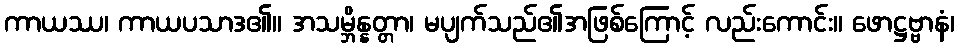
ကာယဿ၊ ကာယပသာဒ၏။ အသမ္ဘိန္နတ္တာ၊ မပျက်သည်၏အဖြစ်ကြောင့် လည်းကောင်း။ ဖောဋ္ဌဗ္ဗာနံ၊